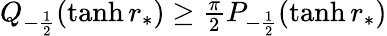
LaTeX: \begin{array}{r}{Q_{-\frac{1}{2}}(\operatorname{tanh}r_{*})\ge\frac{\pi}{2}P_{-\frac{1}{2}}(\operatorname{tanh}r_{*})}\end{array}